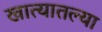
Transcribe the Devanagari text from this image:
खात्यातल्या